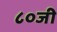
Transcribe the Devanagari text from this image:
८०जी